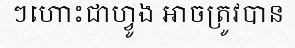
ៗហោះជាហ្វូង អាចត្រូវបាន